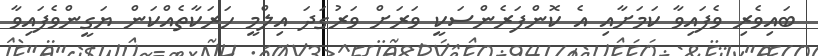
ބައިވެރި ވެފައިވާ ކަމަށާއި އެ ކޮންފަރެންސަކީ ވަރަށް ވަރުގަދަ އިލްމީ ހަރަކާތެެއްކަން ޔަގީންވެފައިވާ